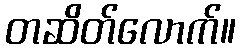
တဆိတ်လောက်။